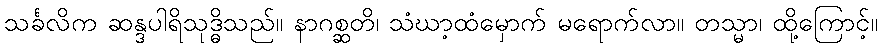
သင်္ခလိက ဆန္ဒပါရိသုဒ္ဓိသည်။ နာဂစ္ဆတိ၊ သံဃာ့ထံမှောက် မရောက်လာ။ တသ္မာ၊ ထို့ကြောင့်။